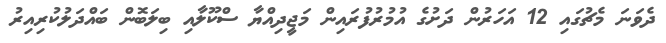
ދެވަނަ މެޗުގައި 12 އަހަރުން ދަށުގެ އުމުރުފުރައިން މަޖީދިއްޔާ ސްކޫލާއި ބިލަބޮން ބައްދަލުކުރިއިރު